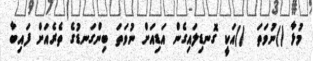
މުޅާ ()ނުވަތަ  ()އަކީ ގޮނޑިލައިގެން އަޑިއަށް ނުވަތަ ބިންގަނޑުގެ ތެރެއަށް ފައިބާ